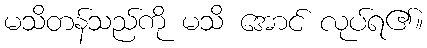
မသိတန်သည်ကို မသိ အောင် လုပ်ရ၏။